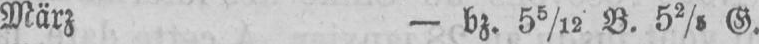
März - bz. 55/12 B. 52/5 G.